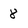
Character: 8